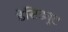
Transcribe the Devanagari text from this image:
डेसिड्यूट